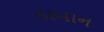
તામાન